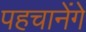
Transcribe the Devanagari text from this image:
पहचानेंगे